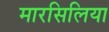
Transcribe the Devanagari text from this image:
मारसिलिया